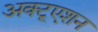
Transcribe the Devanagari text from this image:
अक्टूएशन